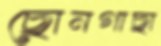
ছোনগাছা